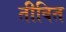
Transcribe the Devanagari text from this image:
तीवित